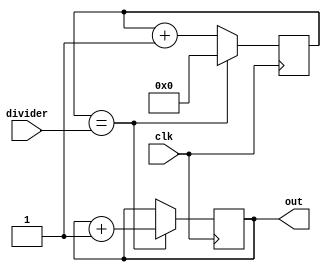
`timescale 1ns / 1ps
//////////////////////////////////////////////////////////////////////////////////
// Company: 
// Engineer: 
// 
// Design Name: 
// Module Name:    WaveGen 
// Project Name: 
// Target Devices: 
// Tool versions: 
// Description: 
//
// Dependencies: 
//
// Revision: 
// Revision 0.01 - File Created
// Additional Comments: 
//
//////////////////////////////////////////////////////////////////////////////////
module WaveGen(
    input clk,
    input [9:0] divider,
    output reg [9:0] out
    );
reg [9:0] count;

always @(posedge(clk)) begin
	if (count == divider) begin
		out = out + 1;
		count = 0;
	end
	else count = count + 1;
end


endmodule